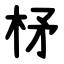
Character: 柕